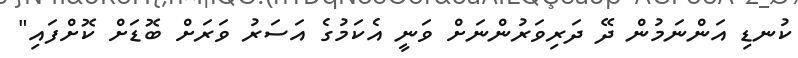
ކުނޑި އަންނަމުން ދޭ ދަރިވަރުންނަށް ވަނީ އެކަމުގެ އަސަރު ވަރަށް ބޮޑަށް ކޮށްފައި"